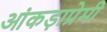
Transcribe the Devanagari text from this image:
आंकड़ाप्रेमी